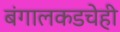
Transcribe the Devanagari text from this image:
बंगालकडचेही